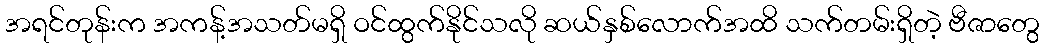
အရင်တုန်းက အကန့်အသတ်မရှိ ဝင်ထွက်နိုင်သလို ဆယ်နှစ်လောက်အထိ သက်တမ်းရှိတဲ့ ဗီဇာတွေ